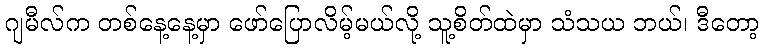
ဂျမီလ်က တစ်နေ့နေ့မှာ ဖော်ပြောလိမ့်မယ်လို့ သူ့စိတ်ထဲမှာ သံသယ ဘယ်၊ ဒီတော့